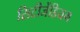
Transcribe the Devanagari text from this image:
सिटीजेंडियम